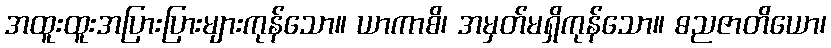
အထူးထူးအပြားပြားများကုန်သော။ ယာကာစိ၊ အမှတ်မရှိကုန်သော။ ဓညဇာတိယော၊